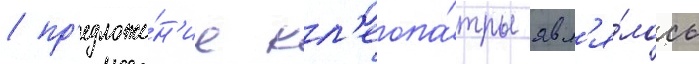
/ пр'едложе́н'ие кл'еопа́тры явл'я́лось